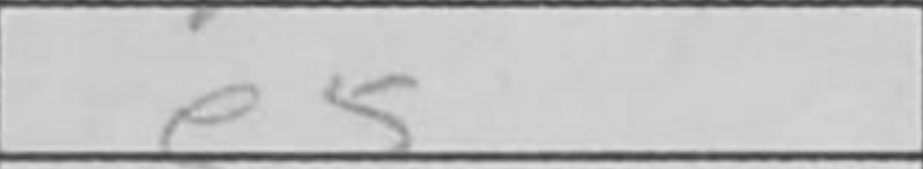
Transcription: e5